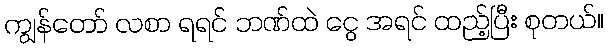
ကျွန်တော် လစာ ရရင် ဘဏ်ထဲ ငွေ အရင် ထည့်ပြီး စုတယ်။